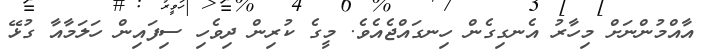
އާއްމުންނަށް މިހާރު އެނގިގެން ހިނގައްޖެއެވެ. މީގެ ކުރިން ދިވެހި ސިފައިން ހަލަމާއާ ގުޅޭ